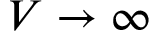
V \to \infty